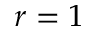
r = 1